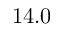
1 4 . 0